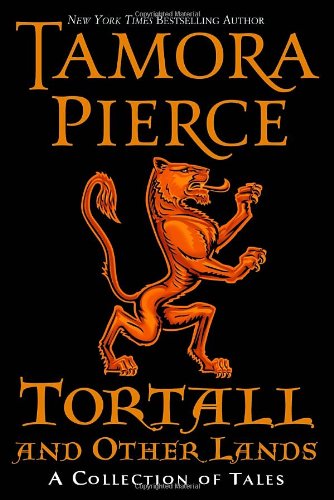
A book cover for Tortall and Other Lands: A Collection of Tales; Tamora Pierce; Teen & Young Adult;